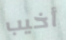
أخيب